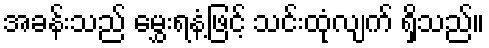
အခန်းသည် မွှေးရနံ့ဖြင့် သင်းထုံလျက် ရှိသည်။